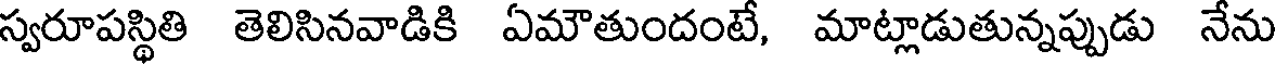
స్వరూపస్థితి తెలిసినవాడికి ఏమౌతుందంటే, మాట్లాడుతున్నప్పుడు నేను